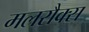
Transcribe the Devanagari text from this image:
मलरौक्स